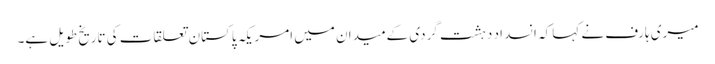
میری ہارف نے کہا کہ انسداد دہشت گردی کےمیدان میں امریکہ پاکستان تعلقات کی تاریخ طویل ہے۔